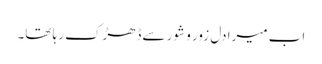
اب میرا دل زور و شور سےڈھڑک رہا تھا۔